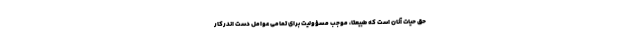
حق حیات آنان است که طبیعتاً، موجب مسؤولیت برای تمامی عوامل دست اندرکار